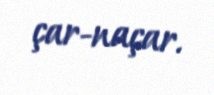
çar-naçar.